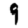
Digit: 9